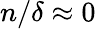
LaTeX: n/\delta\approx 0